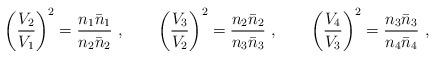
LaTeX: \begin{align*}\left ( {V_2 \over V_1}\right )^2 = {n_1 \bar n _1 \over n_2 \bar n _2}\ ,\qquad\left ( {V_3 \over V_2}\right )^2 = {n_2 \bar n _2 \over n_3 \bar n _3}\ ,\qquad\left ( {V_4 \over V_3}\right )^2 = {n_3 \bar n _3 \over n_4 \bar n _4} \ ,\end{align*}